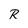
Character: R